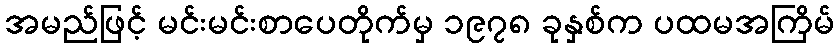
အမည်ဖြင့် မင်းမင်းစာပေတိုက်မှ ၁၉၇၈ ခုနှစ်က ပထမအကြိမ်